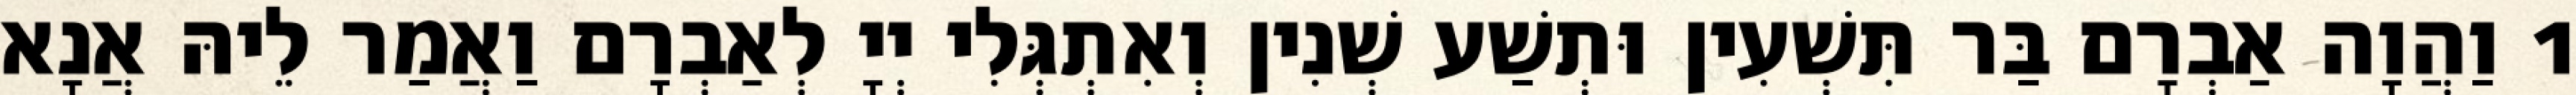
1 וַהֲוָה אַבְרָם בַּר תִּשְׁעִין וּתְשַׁע שְׁנִין וְאִתְגְּלִי יְיָ לְאַבְרָם וַאֲמַר לֵיהּ אֲנָא